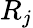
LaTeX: R_{j}